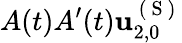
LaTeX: A(t)A^{\prime}(t)\mathbf{u}_{2,0}^{\mathrm{~(~S~)~}}